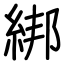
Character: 綁